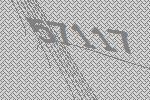
57117